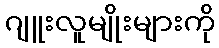
ဂျူးလူမျိုးများကို